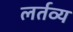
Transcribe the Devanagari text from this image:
लर्तव्य